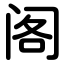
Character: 阁